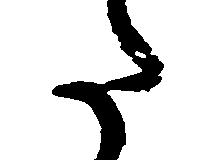
た